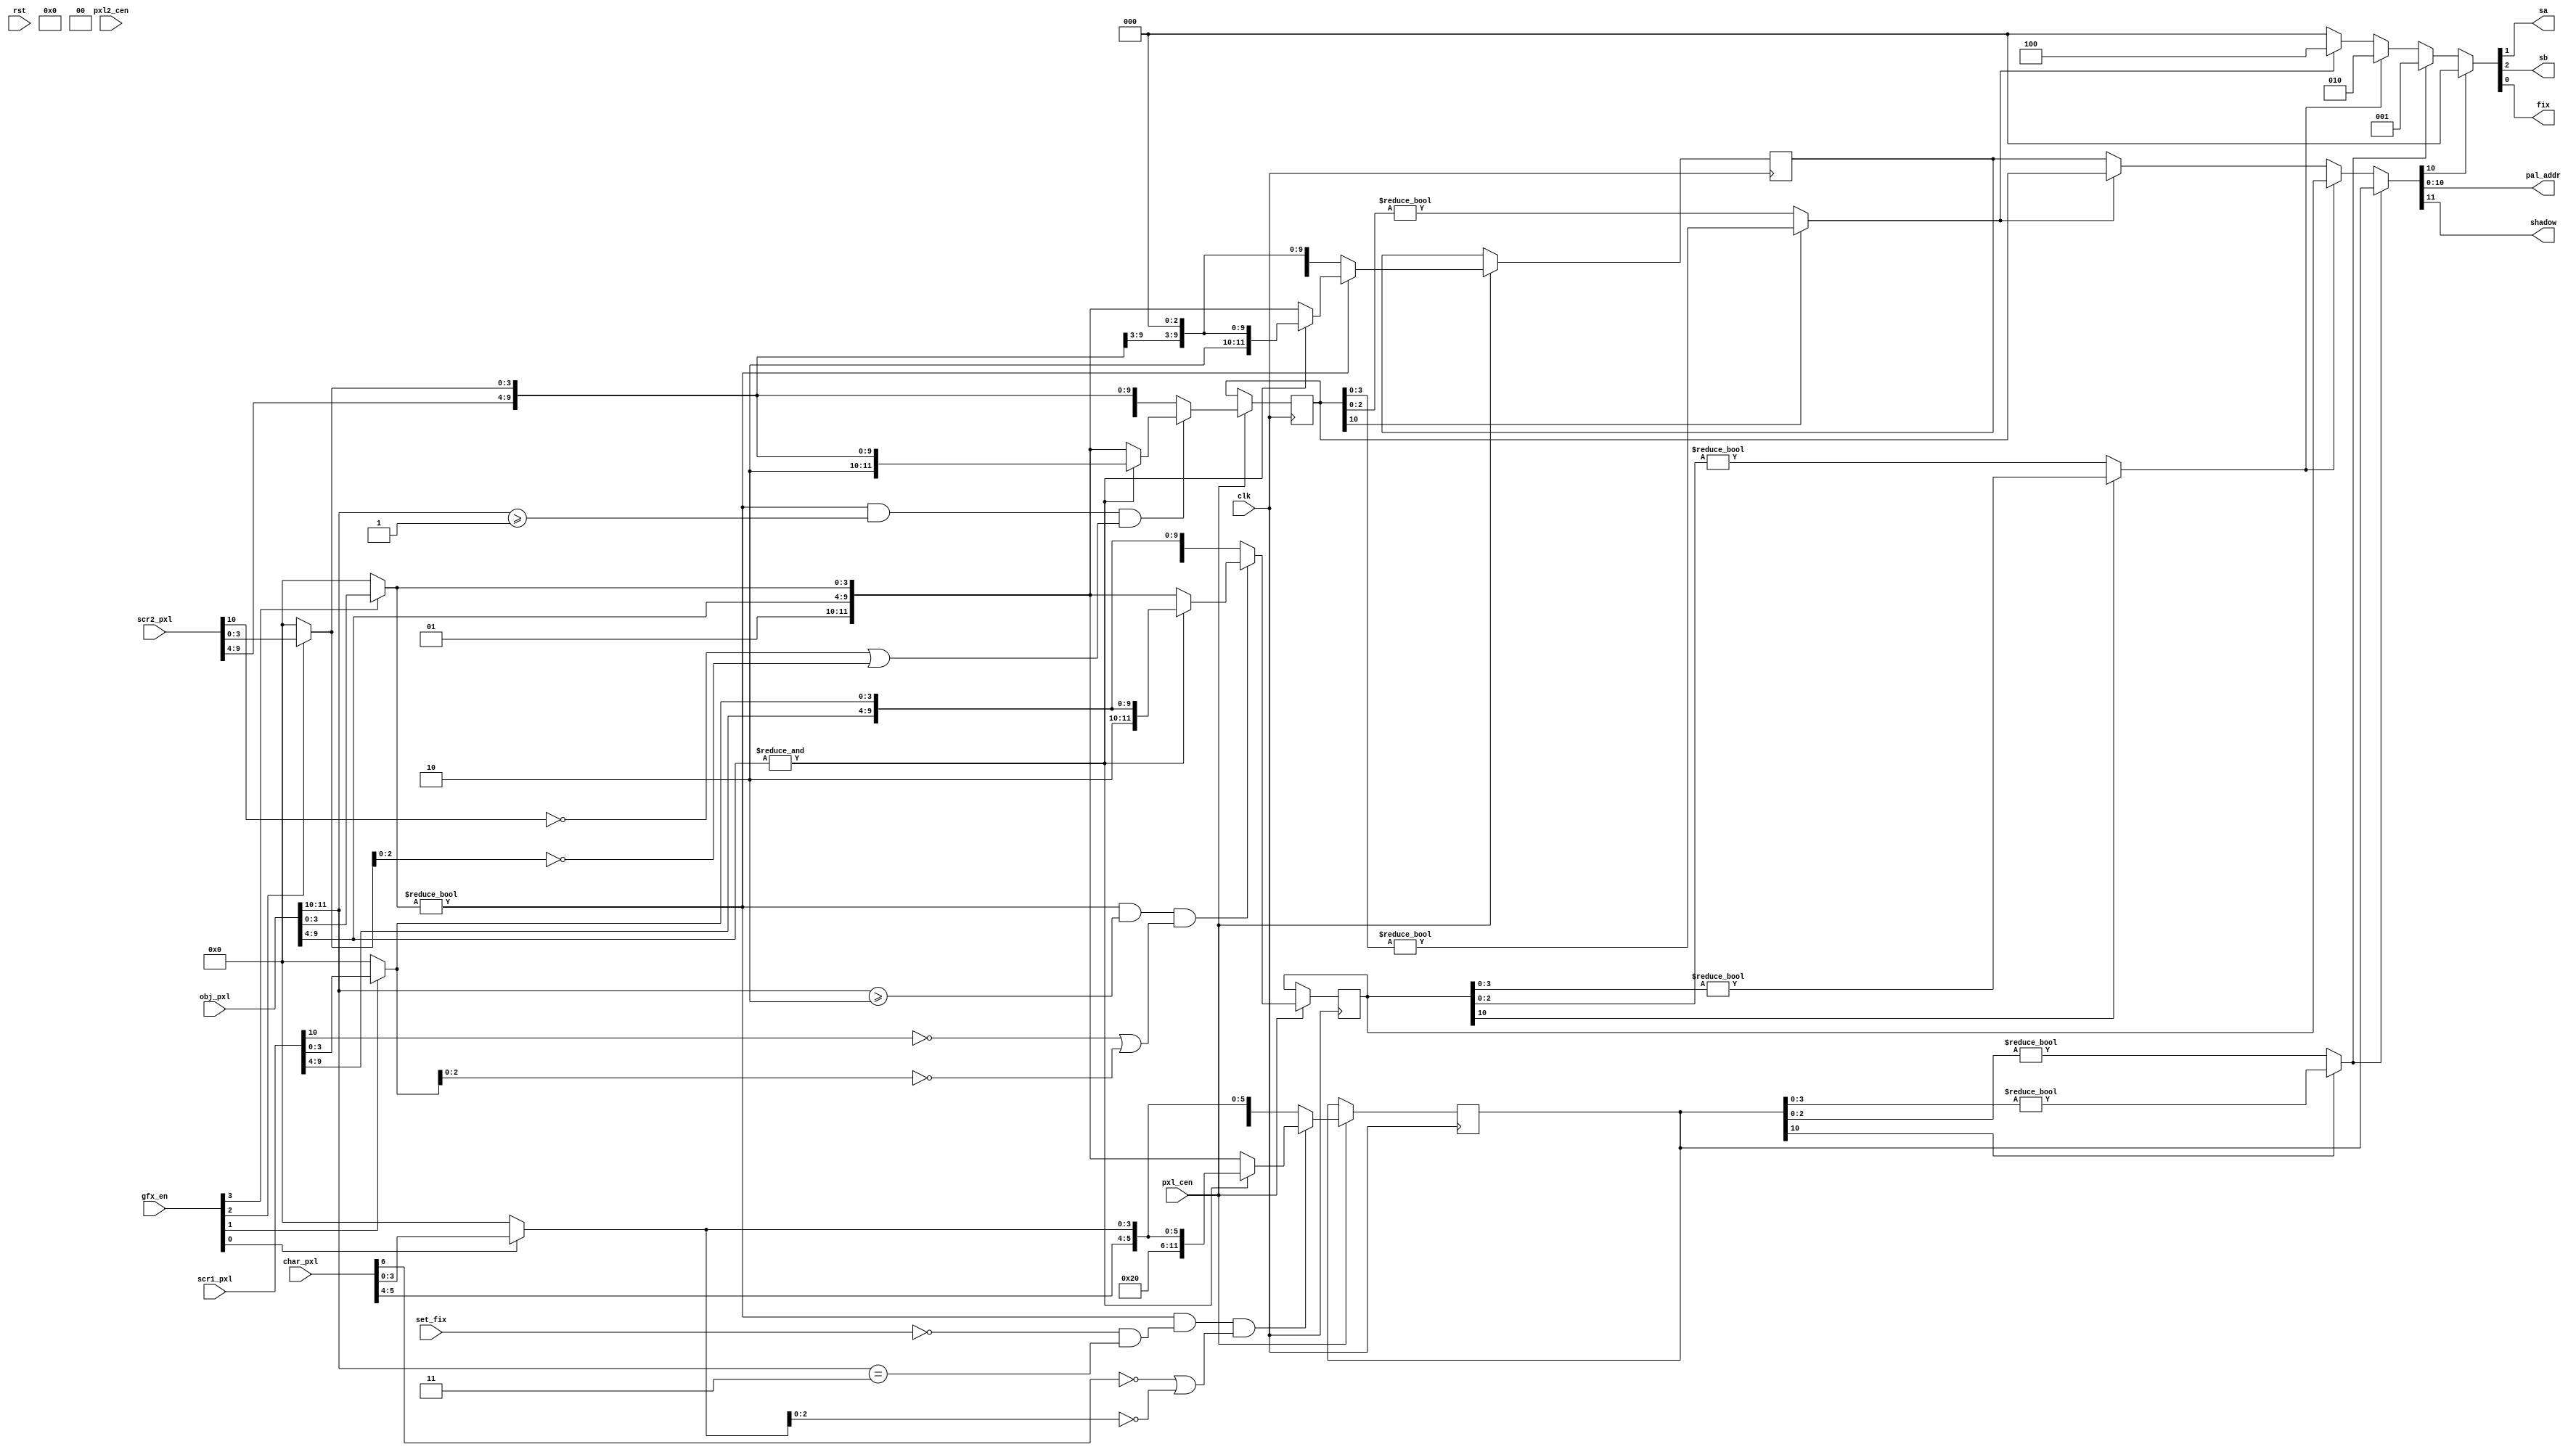
/*  This file is part of JTS16.
    JTS16 program is free software: you can redistribute it and/or modify
    it under the terms of the GNU General Public License as published by
    the Free Software Foundation, either version 3 of the License, or
    (at your option) any later version.

    JTS16 program is distributed in the hope that it will be useful,
    but WITHOUT ANY WARRANTY; without even the implied warranty of
    MERCHANTABILITY or FITNESS FOR A PARTICULAR PURPOSE.  See the
    GNU General Public License for more details.

    You should have received a copy of the GNU General Public License
    along with JTS16.  If not, see <http://www.gnu.org/licenses/>.

    Author: Jose Tejada Gomez. Twitter: @topapate
    Version: 1.0
    Date: 13-7-2022 */

module jts16_prio(
    input              rst,
    input              clk,
    input              pxl2_cen,  // pixel clock enable (2x)
    input              pxl_cen,   // pixel clock enable

    input      [ 6:0]  char_pxl,
    input      [10:0]  scr1_pxl,
    input      [10:0]  scr2_pxl,
    input      [11:0]   obj_pxl,

    // Set top priority
    input              set_fix,   // I think this is what some of the input pins do, but I need to check on the board
    // Selected layer
    output reg         sa,        // active high
    output reg         sb,
    output reg         fix,

    output reg [10:0]  pal_addr,
    output reg         shadow,
    input      [ 3:0]  gfx_en
);

wire [ 1:0] we;
reg  [11:0] lyr0, lyr1, lyr2, lyr3;
wire [15:0] pal;
wire [ 1:0] obj_prio;


assign obj_prio = obj_pxl[11:10];

// bit 11 = shadow bit
// bit 10 = 0/tile 1/obj
//    9:4 = palette
//    3:0 = colour index
function [11:0] tile_or_obj( input [9:0] obj, input [9:0] tile, input tile_prio, input oprio );
// bit 11 = shadow
// bit 10 = obj selected
    tile_or_obj = obj[3:0]!=0 && oprio && (!tile_prio || tile[2:0]==0) ?
                   ( &obj[9:4] ? { 2'b10, tile } : { 2'b1, obj  } ): // shadow or object
                   { 2'b0, tile };
endfunction

// Layer gating
reg  [ 6:0] char_g;
reg  [10:0] scr1_g, scr2_g;
reg  [11:0] obj_g;
reg  [ 3:0] active;

always @(*) begin
    char_g = char_pxl;
    scr1_g = scr1_pxl;
    scr2_g = scr2_pxl;
    obj_g  = obj_pxl;
    if( !gfx_en[0] ) char_g[3:0]=0;
    if( !gfx_en[1] ) scr1_g[3:0]=0;
    if( !gfx_en[2] ) scr2_g[3:0]=0;
    if( !gfx_en[3] )  obj_g[3:0]=0;
end

always @(posedge clk) if( pxl_cen ) begin
    lyr0 <= tile_or_obj( obj_g[9:0], {4'd0, char_g[5:0] }, char_g[ 6], !set_fix && obj_prio==2'd3 );    // set_fix will prevent the objects from overlaying the text layer
    lyr1 <= tile_or_obj( obj_g[9:0],        scr1_g[9:0]  , scr1_g[10], obj_prio>=2'd2 );
    lyr2 <= tile_or_obj( obj_g[9:0],        scr2_g[9:0]  , scr2_g[10], obj_prio>=2'd1 );
    lyr3 <= tile_or_obj( obj_g[9:0], {scr2_g[9:3], 3'd0 },       1'b0, 1'b1           );
end

always @(*) begin
    { shadow, pal_addr } =
               (lyr0[10] ? lyr0[3:0]!=0 : lyr0[2:0]!=0) ? lyr0 : (
               (lyr1[10] ? lyr1[3:0]!=0 : lyr1[2:0]!=0) ? lyr1 : (
               (lyr2[10] ? lyr2[3:0]!=0 : lyr2[2:0]!=0) ? lyr2 : (
                lyr3 )));
    active   = (lyr0[10] ? lyr0[3:0]!=0 : lyr0[2:0]!=0) ? 4'b001 : (
               (lyr1[10] ? lyr1[3:0]!=0 : lyr1[2:0]!=0) ? 4'b010 : (
               (lyr2[10] ? lyr2[3:0]!=0 : lyr2[2:0]!=0) ? 4'b100 : (
                4'b0 )));
    if( pal_addr[10] ) active=4'b1000; // OBJ
    { sb, sa, fix } = active[2:0];
end

endmodule